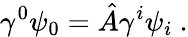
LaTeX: \gamma^{0}\psi_{0}=\hat{A}\gamma^{i}\psi_{i}\ .